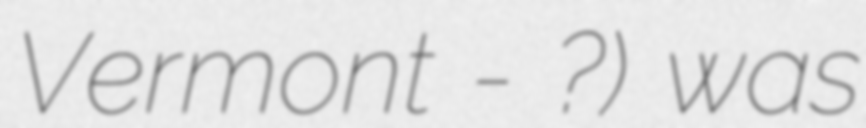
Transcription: Vermont - ?) was